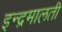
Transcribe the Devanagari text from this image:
इन्द्रमालती